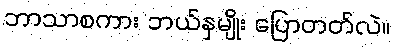
ဘာသာစကား ဘယ်နှမျိုး ပြောတတ်လဲ။